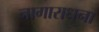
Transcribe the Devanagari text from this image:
नागाराधना